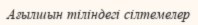
Ағылшын тіліндегі сілтемелер